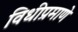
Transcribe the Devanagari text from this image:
विधीप्रमाणे